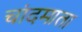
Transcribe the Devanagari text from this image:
चांदमाता